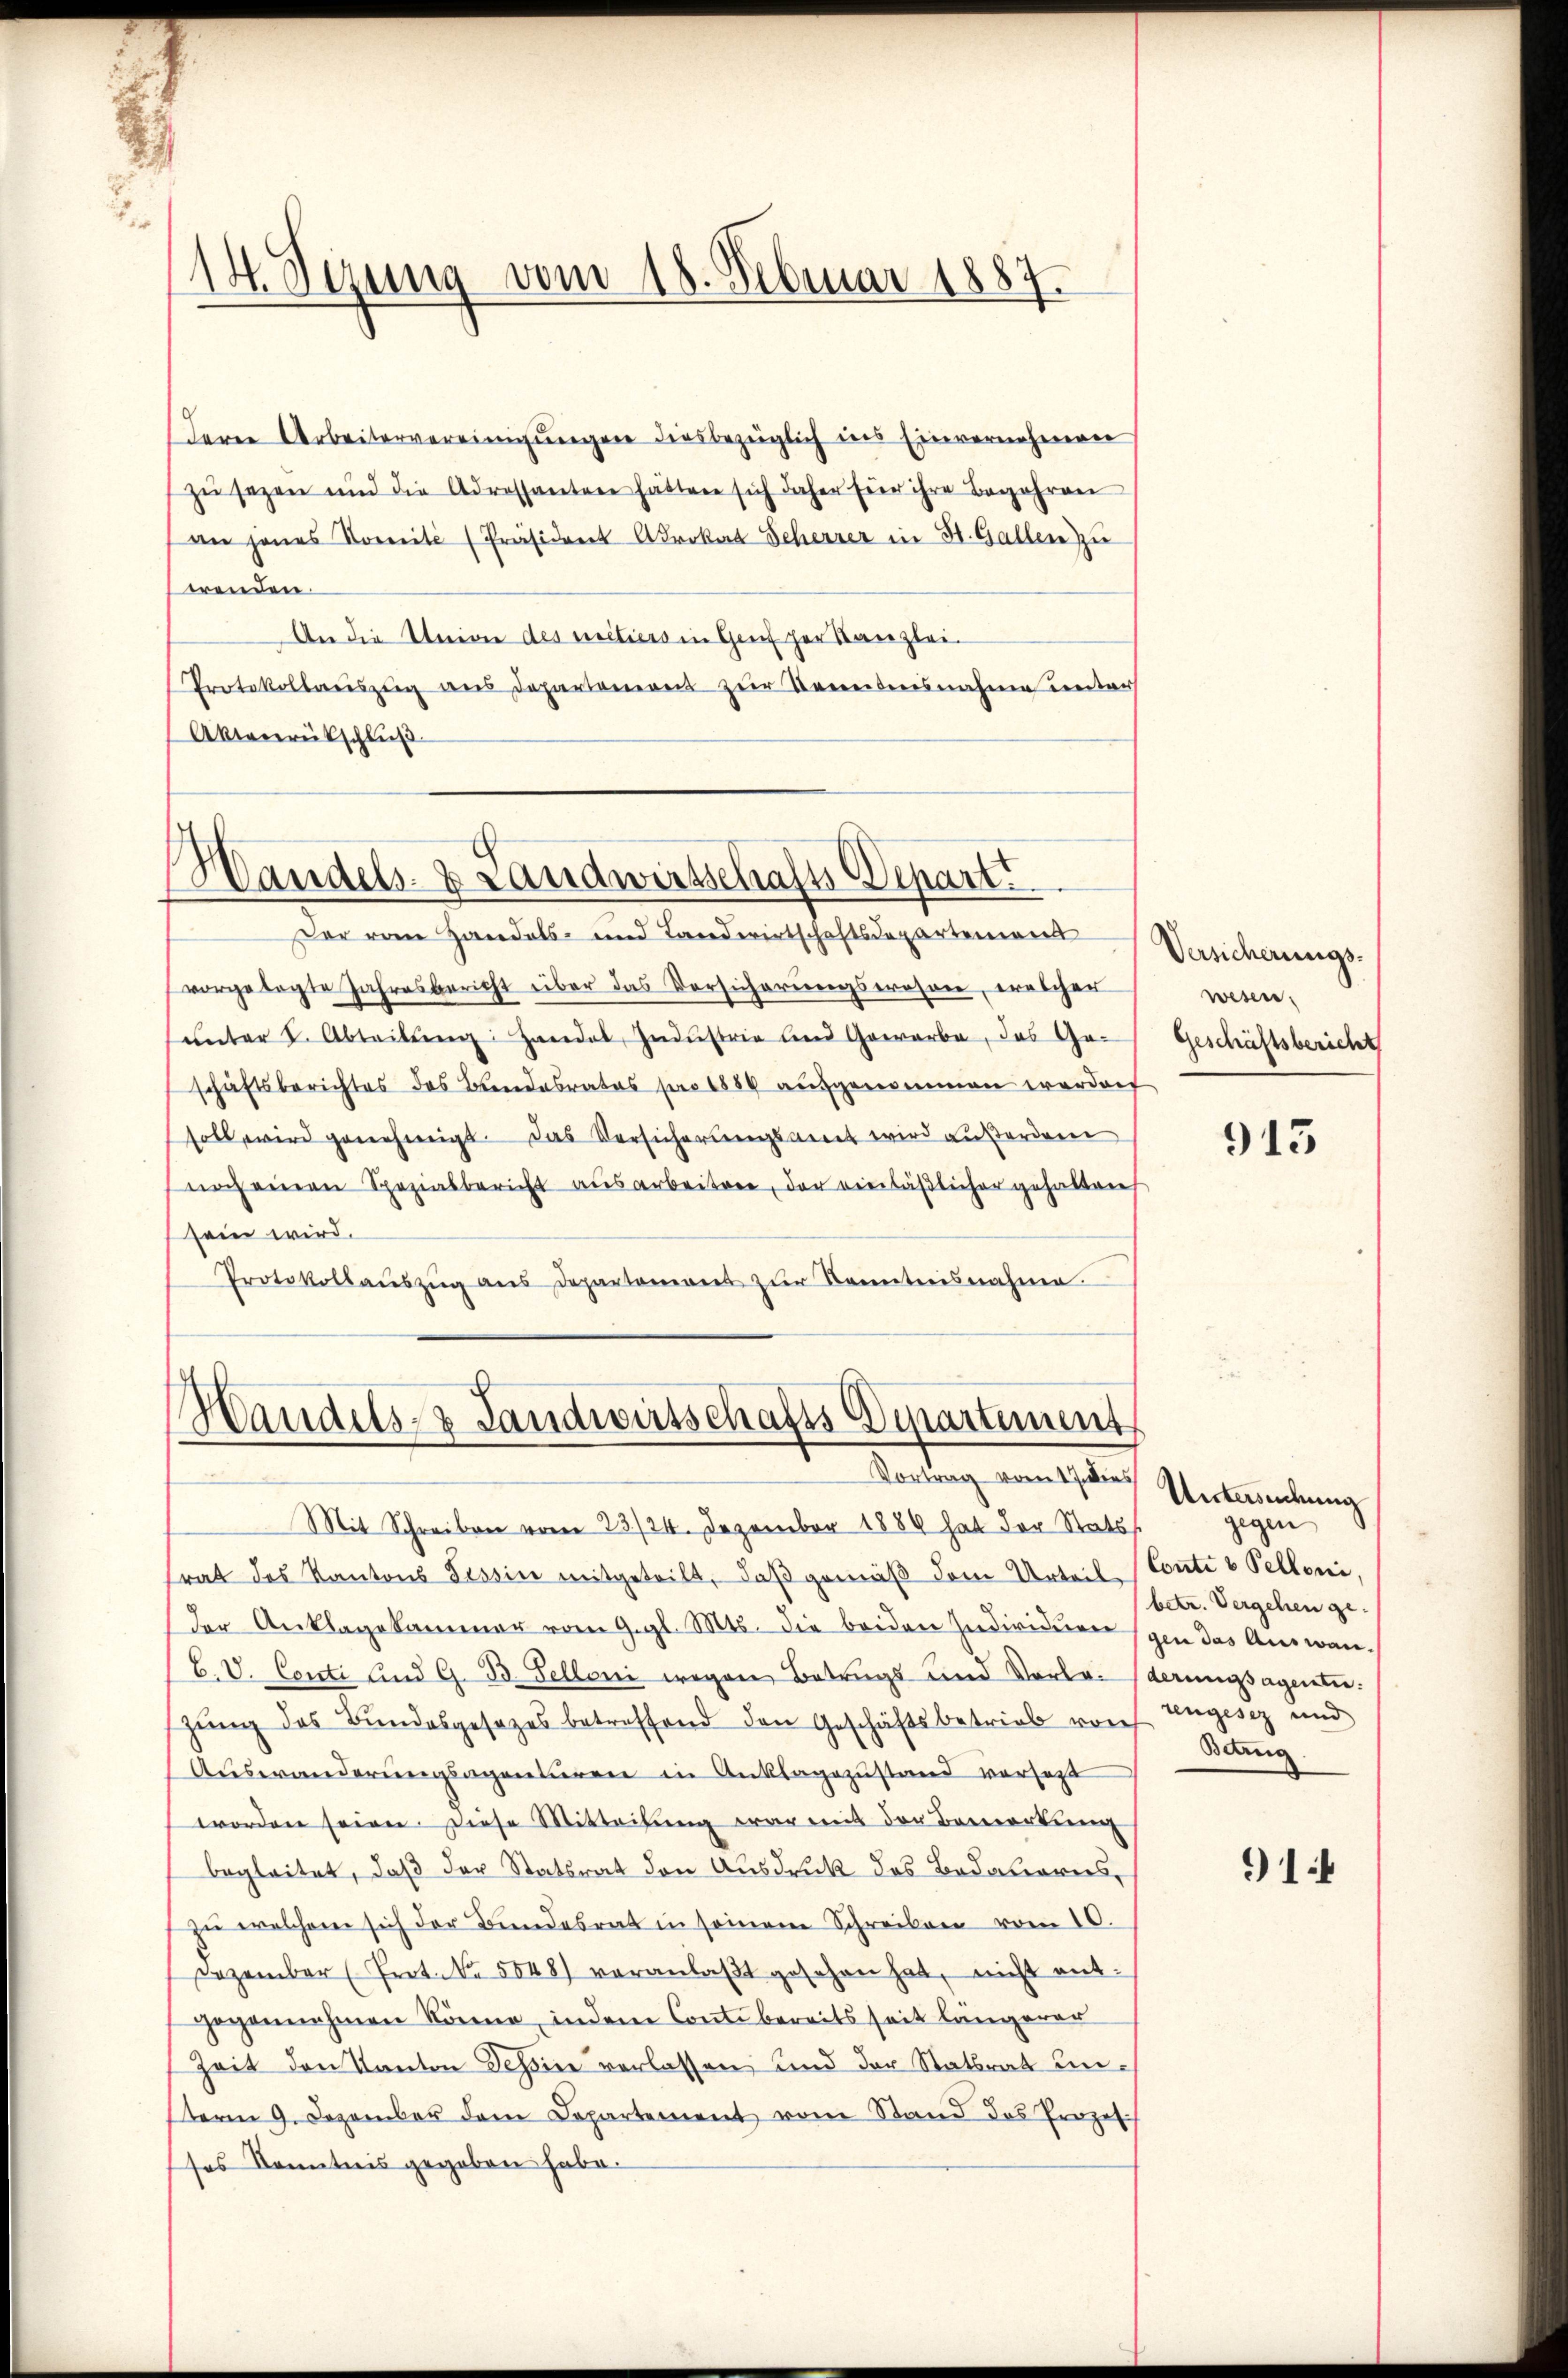
14. Sezung vom 18. Februar 1887.

Ferne Arbeitervereinigungen diesbezüglich ins Einvernehmen
zŭ sezen und die Adressanten hätten sich daher für ihre Begehren
an jenes Komité (Präsident Advokat Scherrer in St. Gallen zu
wenden.
An die Union des citiers in Genf her Kanzlei-
Protokollauszug aus Departemons zur Beweibensnahme unters
Aktenrütschluß

h
Vandels- & Landwirtschafts-Depart.
Der vom Handels- und Landwirtschaftsdepartement

vorgelegte Jahresbericht über das Versicherŭngseroson, welcher
ŭnter 1. Abteilŭng Haridal Industrie und Gewerbe, das Ge-
schäftsberichtes des Bundesrates pro 1889 aufgenommen werden
soll, wird genehmigt. Das Versicherungsant wird außerden
noch einen Spezialbericht ausarbeiten, der einläßlicher gehalten
sein wird.
Protokollaŭszŭg ans Departement zŭr Kenntnisnahme

h
Handels- & Landwirtschafts Departement
Vortrag vom 17. dies

Mit Schreiben vom 23./24. Dezember 1889 hat der Stats
rat des Kantons Tessin mitgeteilt, daß gemäß dem Urteil-Conti v Pelloni,
der Anklagekammer vom 9. gl. Mts. die beiden Individuen (gen das Auswan¬
C. V. Conti und G. B. Selloni wegen Betrags- und Vorlar (derungsagentiegŭng des Bundesgesetzes betreffend den Geschäftsbetrieb von
Auswanderungsagentieren in Anklagezustand versetzt
worden seien. Diese Mitteilung war mit der Bemerkung
begleitet, daß der Statsrat den Ausdruck des Bedaueres,
zu welchem sich der Bundesrat in seinem Schreiben vom 10.
Dezember (Prot. No. 5848) veranlaβt gesehen hat, nicht ent-
gegannehmen könne, indem Conti bereits seit längerer
Zeit den Kanton Tessine verlassen, und der Stattrat unterm 9. Dezember dem Departement vom Stand das Prozes-
sos Kenntnis gegeben habe.

Versicherungs-
wesen.
Geschäftsbericht

913

Untersuchung
gegen
betr. Vergehen ge-
tengesez und
Bding

914